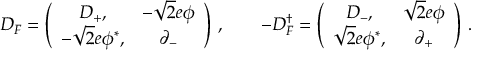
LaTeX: D _ { F } = \left( \begin{array} { c c } { { D _ { + } , } } & { { - \sqrt { 2 } e \phi } } \\ { { - \sqrt { 2 } e \phi ^ { * } , } } & { { \partial _ { - } } } \end{array} \right) \, , \qquad - D _ { F } ^ { \dag } = \left( \begin{array} { c c } { { D _ { - } , } } & { { \sqrt { 2 } e \phi } } \\ { { \sqrt { 2 } e \phi ^ { * } , } } & { { \partial _ { + } } } \end{array} \right) \, .